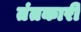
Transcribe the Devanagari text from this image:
तंतकारी